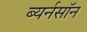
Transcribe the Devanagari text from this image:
ब्यर्नसॉन